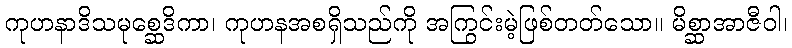
ကုဟနာဒိသမုစ္ဆေဒိကာ၊ ကုဟနအစရှိသည်ကို အကြွင်းမဲ့ဖြစ်တတ်သော။ မိစ္ဆာအာဇီဝါ၊